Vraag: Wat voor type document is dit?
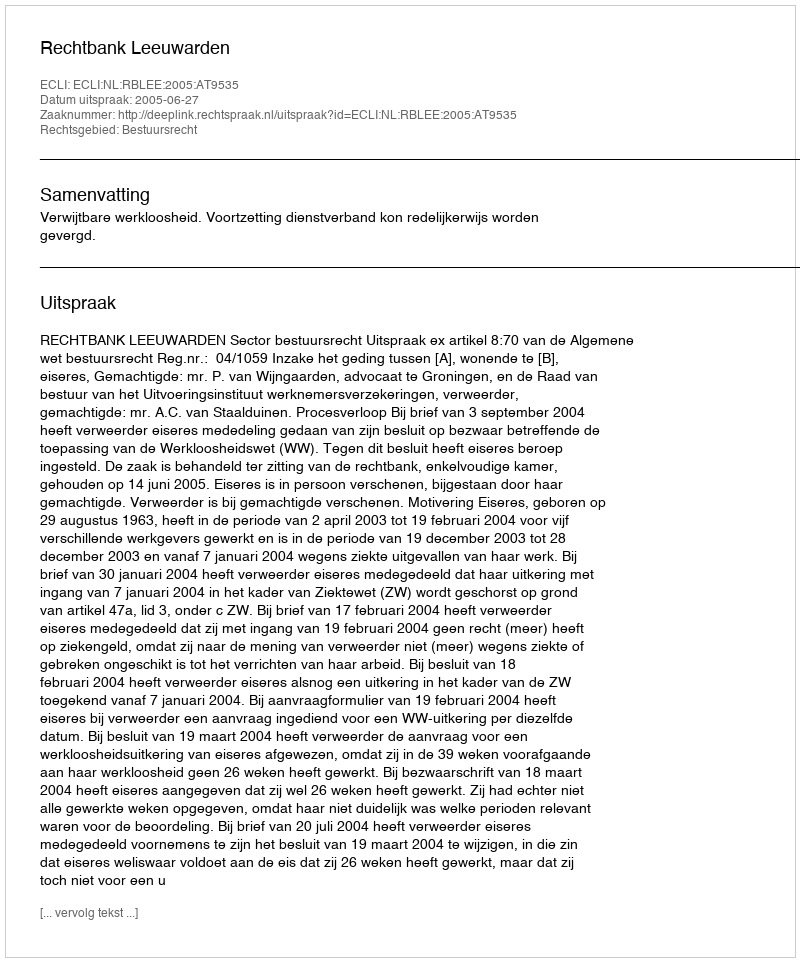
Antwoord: Uitspraak